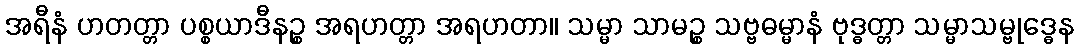
အရီနံ ဟတတ္တာ ပစ္စယာဒီနဉ္စ အရဟတ္တာ အရဟတာ။ သမ္မာ သာမဉ္စ သဗ္ဗဓမ္မာနံ ဗုဒ္ဓတ္တာ သမ္မာသမ္ဗုဒ္ဓေန